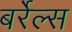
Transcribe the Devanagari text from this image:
बर्रेल्स